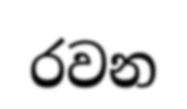
රවන